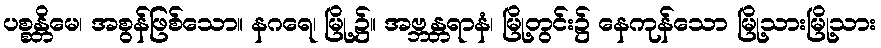
ပစ္စန္တိမေ၊ အစွန်ဖြစ်သော။ နဂရေ၊ မြို့၌။ အဗ္ဘန္တရာနံ၊ မြို့တွင်း၌ နေကုန်သော မြို့သားမြို့သား